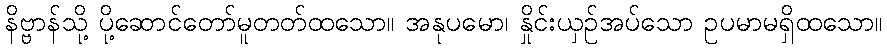
နိဗ္ဗာန်သို့ ပို့ဆောင်တော်မူတတ်ထသော။ အနုပမော၊ နှိုင်းယှဉ်အပ်သော ဥပမာမရှိထသော။